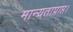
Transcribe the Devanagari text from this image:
मान्यताप्राप्त।